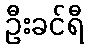
ဦးခင်ရီ